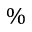
\%